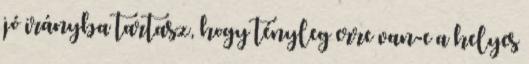
jó irányba tartasz, hogy tényleg erre van-e a helyes